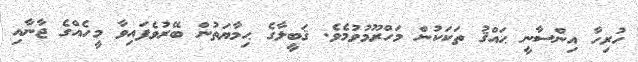
ހުރިހާ އިންސާނީ ޙައްޤު ތަކަކުން މަހްރޫމުވުމެވެ. ޤަބީލާގެ ޙިމާޔަތުން ބޭރުވެފައިވާ މީހެއްގެ ޖާނާއި